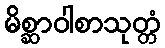
မိစ္ဆာဝါစာသုတ္တံ